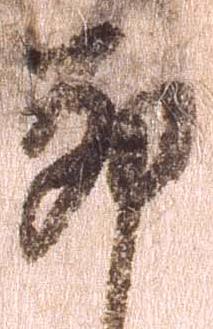
卯